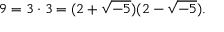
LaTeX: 9 = 3 \cdot 3 = ( 2 + { \sqrt { - 5 } } ) ( 2 - { \sqrt { - 5 } } ) .